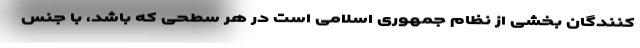
کنندگان بخشی از نظام جمهوری اسلامی است در هر سطحی که باشد، با جنس